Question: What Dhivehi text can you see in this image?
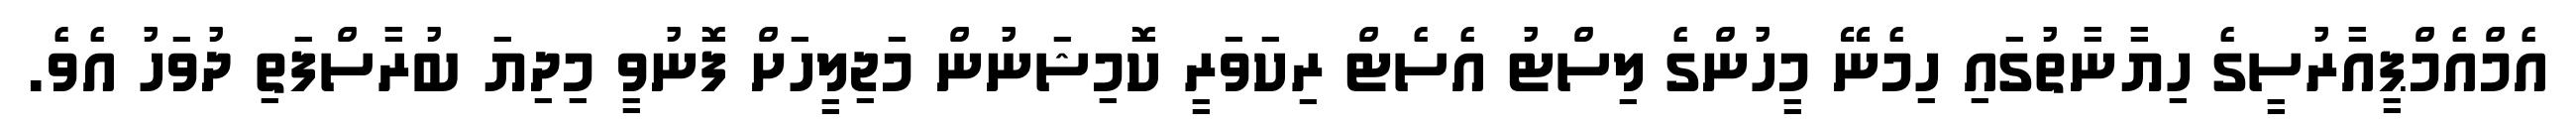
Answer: އެމްއެމްޕީއާރުސީގެ ހިޔާނާތުގައި ހިމެނޭ މީހުންގެ ލިސްޓު އެސެޓް ރިކަވަރީ ކޮމިޝަނުން މަޖިލީހަށް ފޮނުވީ މިދިޔަ ބުރާސްފަތި ދުވަހު އެވެ.